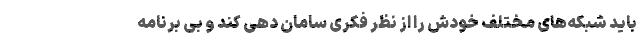
باید شبکه‌های مختلف خودش را از نظر فکری سامان دهی کند و بی برنامه